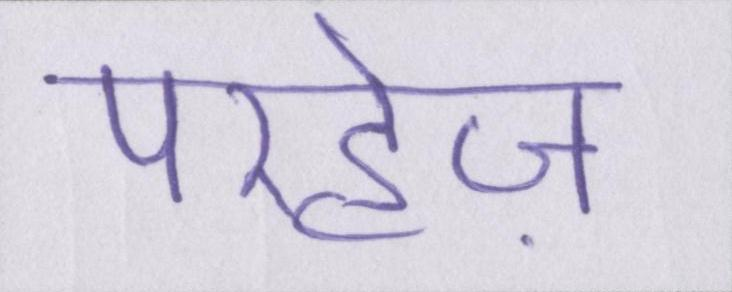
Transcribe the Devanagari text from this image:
परहेज़